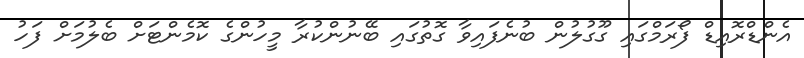
އެންޑްރޮއިޑް ފޯރަމްގައި ގޫގުލުން ބުނެފައިވާ ގޮތުގައި ބޭނުންކުރާ މީހުންގެ ކޮމެންޓަށް ބެލުމަށް ފަހު